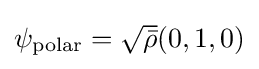
\psi _{\rm {polar}}={\sqrt {\bar {\rho }}}(0,1,0)